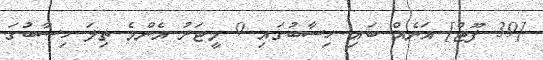
[39 ފޫޓް] އަނެއް ބައި ހިސާބުގައި 9 މީޓަރު އެންމެ ތިލަ ހިސާބުގަ